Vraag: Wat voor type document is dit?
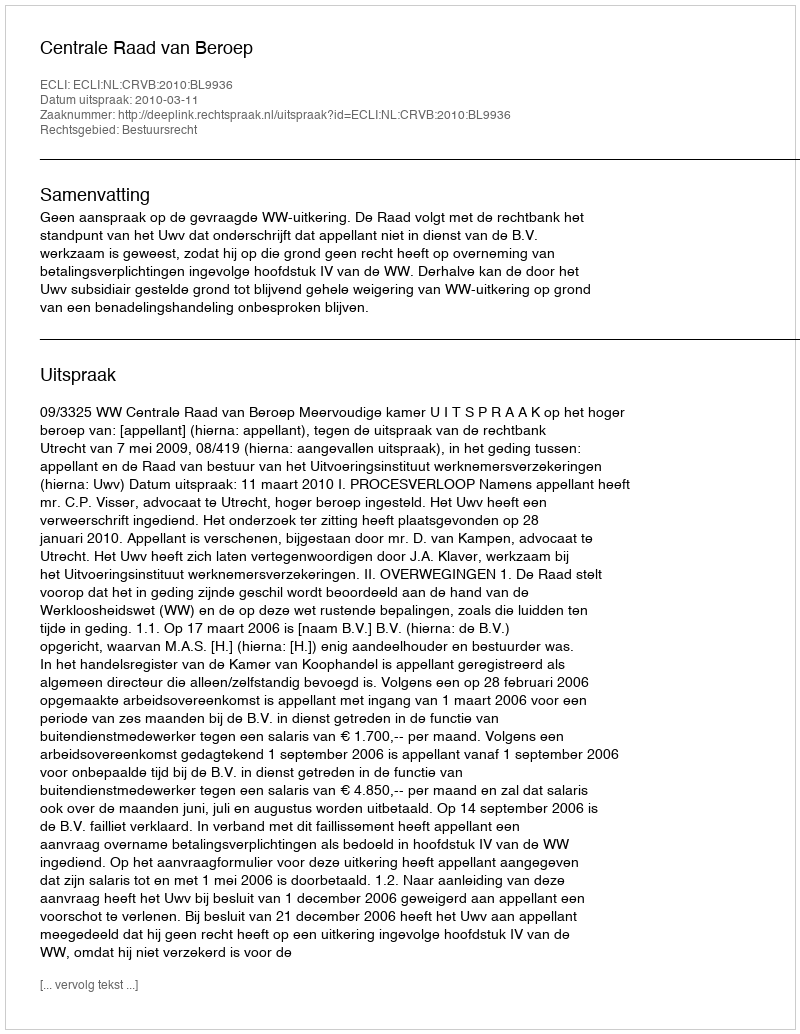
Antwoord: Uitspraak